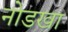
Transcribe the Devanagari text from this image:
नोडखा